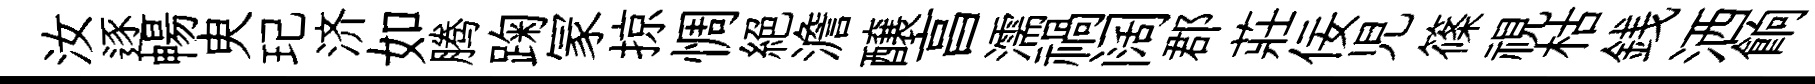
汝逐暢㬰玘济如腾踘冡掠惆絕澹醸亯濡禍阔郡莊佞児篠視枯銭洒餉